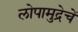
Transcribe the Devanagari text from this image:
लोपामुद्रेचें